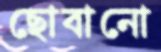
ছোবানো